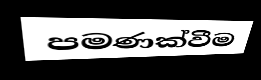
පමණක්වීම